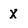
Character: X